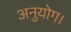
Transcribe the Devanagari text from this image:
अनुयोग।